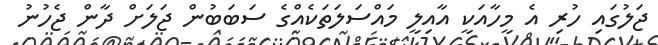
ޖަލުގައި ހުރި އެ މީހާއަކީ އާއިލީ މައްސަލަތަކެއްގެ ސަބަބުން ޖަލަށް ދާން ޖެހުނު